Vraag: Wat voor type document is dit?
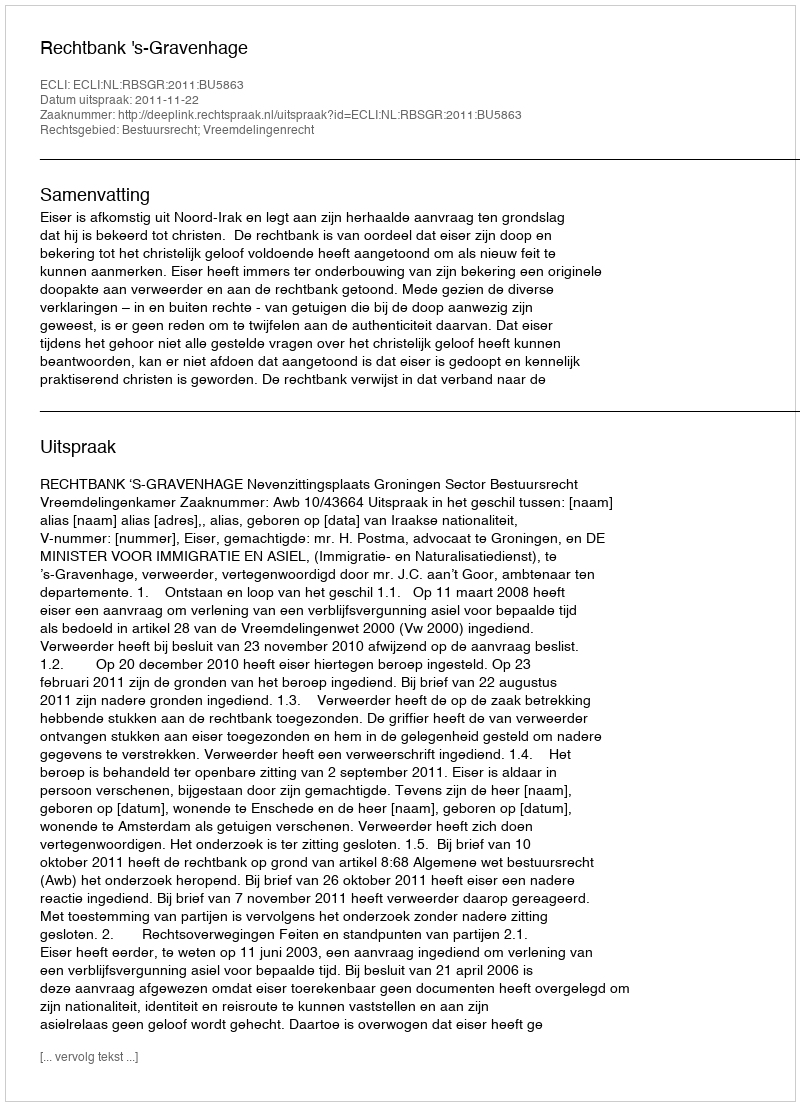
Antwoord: Uitspraak